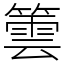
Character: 䉙